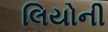
લિયોની